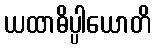
ယထာဓိပ္ပါယောတိ